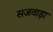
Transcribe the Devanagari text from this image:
सजवाड़ा